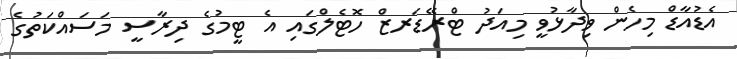
އެޑުއާޑް މިހެން ވިދާޅުވީ މިއަދު ޓްރޭޑަރޒް ހޮޓެލްގައި އެ ޓީމުގެ ދިރާސީ މަސައްކަތުގެ